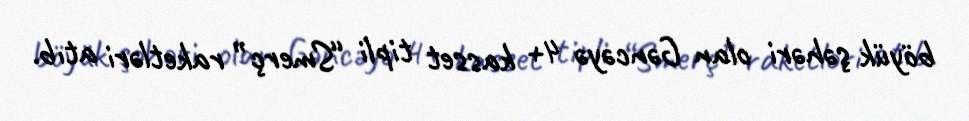
böyük şəhəri olan Gəncəyə 4+ kasset tipli “Smerç” raketləri atıb.